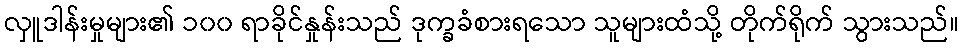
လှူဒါန်းမှုများ၏ ၁၀၀ ရာခိုင်နှုန်းသည် ဒုက္ခခံစားရသော သူများထံသို့ တိုက်ရိုက် သွားသည်။